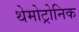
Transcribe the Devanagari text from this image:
थेमोट्रोनिक